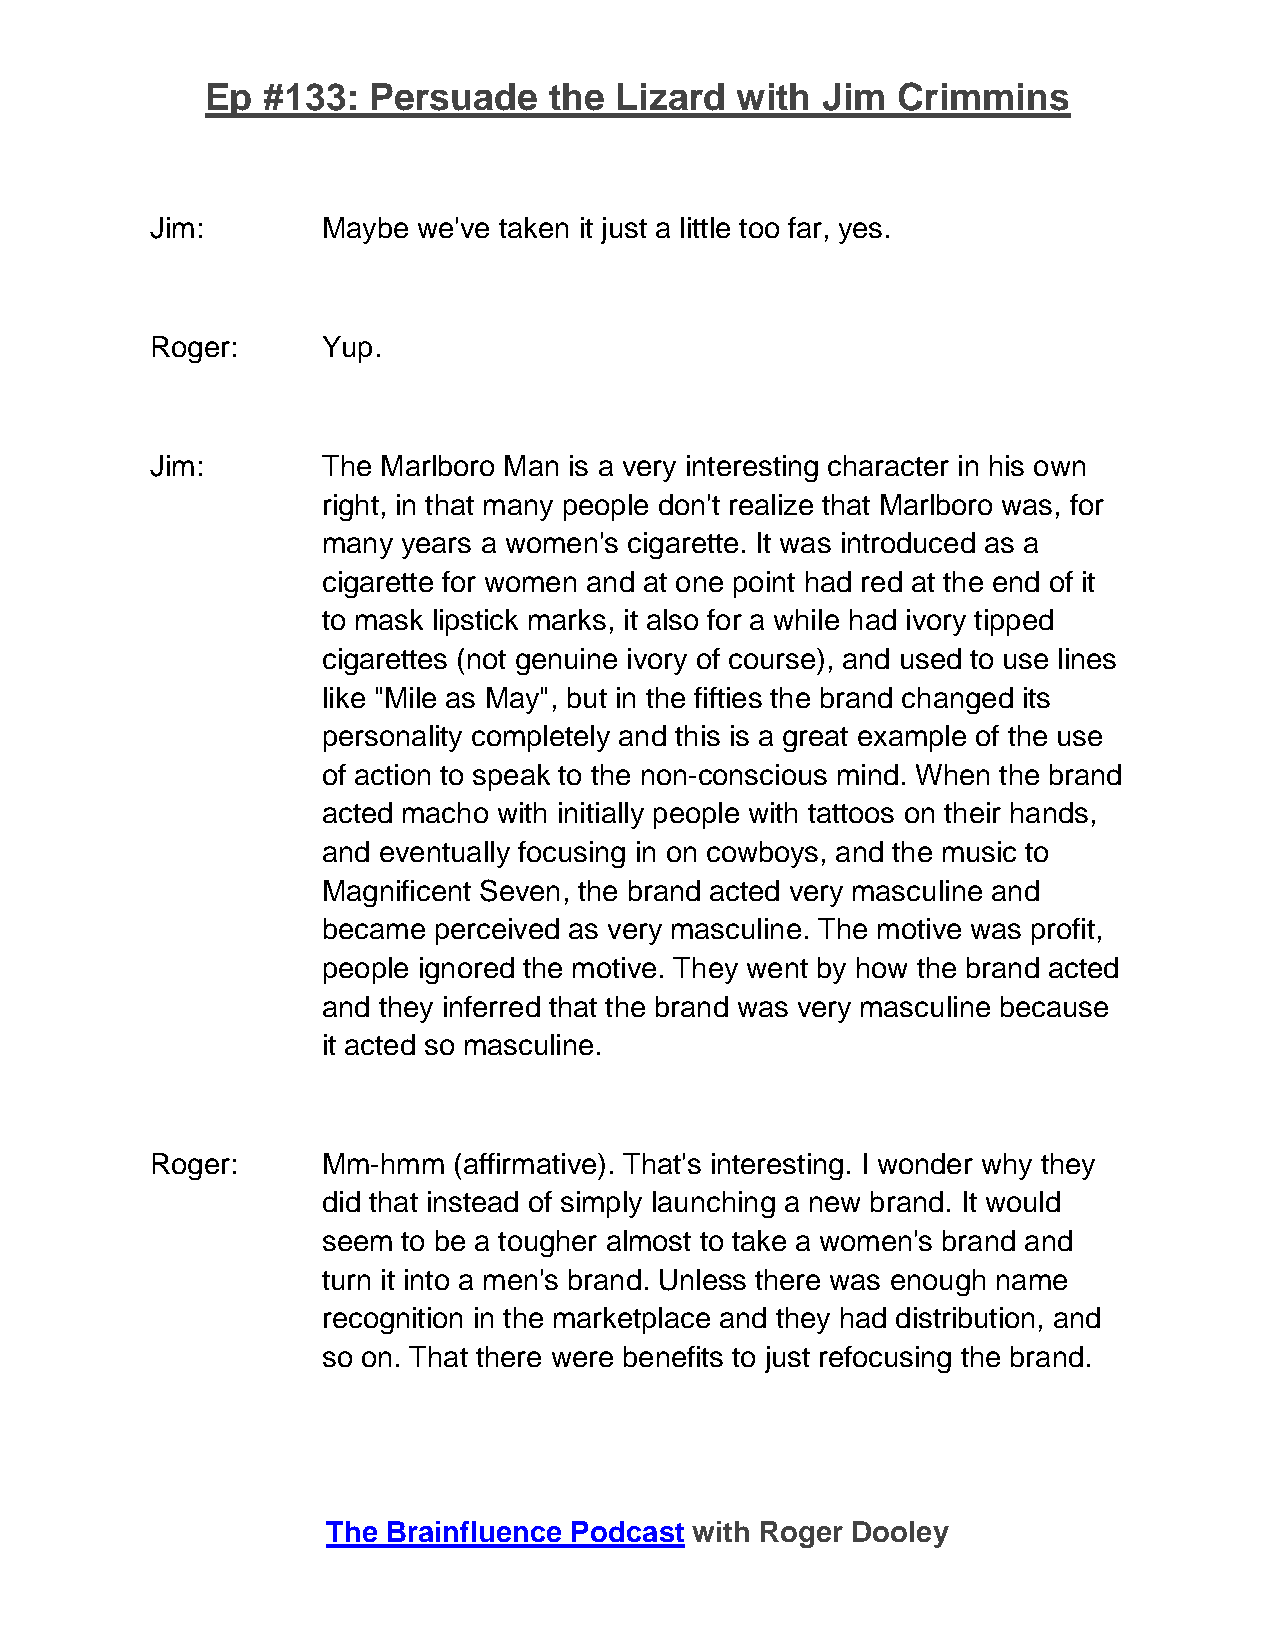
Ep #133:  Persuade    the  Lizard  with Jim  Crimmins
 Jim:       Maybe  we've taken it just a little too far, yes.
 Roger:     Yup.
 Jim:       The Marlboro Man is a very interesting character in his own
 right, in that many people don't realize that Marlboro was, for
 many  years a women's cigarette. It was introduced as a
 cigarette for women and at one point had red at the end of it
 to mask lipstick marks, it also for a while had ivory tipped
 cigarettes (not genuine ivory of course), and used to use lines
 like "Mile as May", but in the fifties the brand changed its
 personality completely and this is a great example of the use
 of action to speak to the non-conscious mind. When the brand
 acted macho with initially people with tattoos on their hands,
 and eventually focusing in on cowboys, and the music to
 Magnificent Seven, the brand acted very masculine and
 became  perceived as very masculine. The motive was profit,
 people ignored the motive. They went by how the brand acted
 and they inferred that the brand was very masculine because
 it acted so masculine.
 Roger:     Mm-hmm   (affirmative). That's interesting. I wonder why they
 did that instead of simply launching a new brand. It would
 seem  to be a tougher almost to take a women's brand and
 turn it into a men's brand. Unless there was enough name
 recognition in the marketplace and they had distribution, and
 so on. That there were benefits to just refocusing the brand.
 The Brainfluence Podcast with Roger Dooley